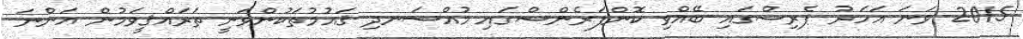
2015 ވަނަ އަހަރު ޕެރިސްގައި ބޭއްވި ކޮންފަރެންސްގައި މުއްސަނދި ޤައުމުތަކުންވަނީ ތަރައްޤީވަމުން އަންނަ